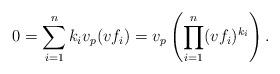
LaTeX: \begin{align*} 0 = \sum_{i=1}^n k_iv_p(v f_i) = v_p\left( \prod_{i=1}^n (v f_i)^{k_i} \right). \end{align*}